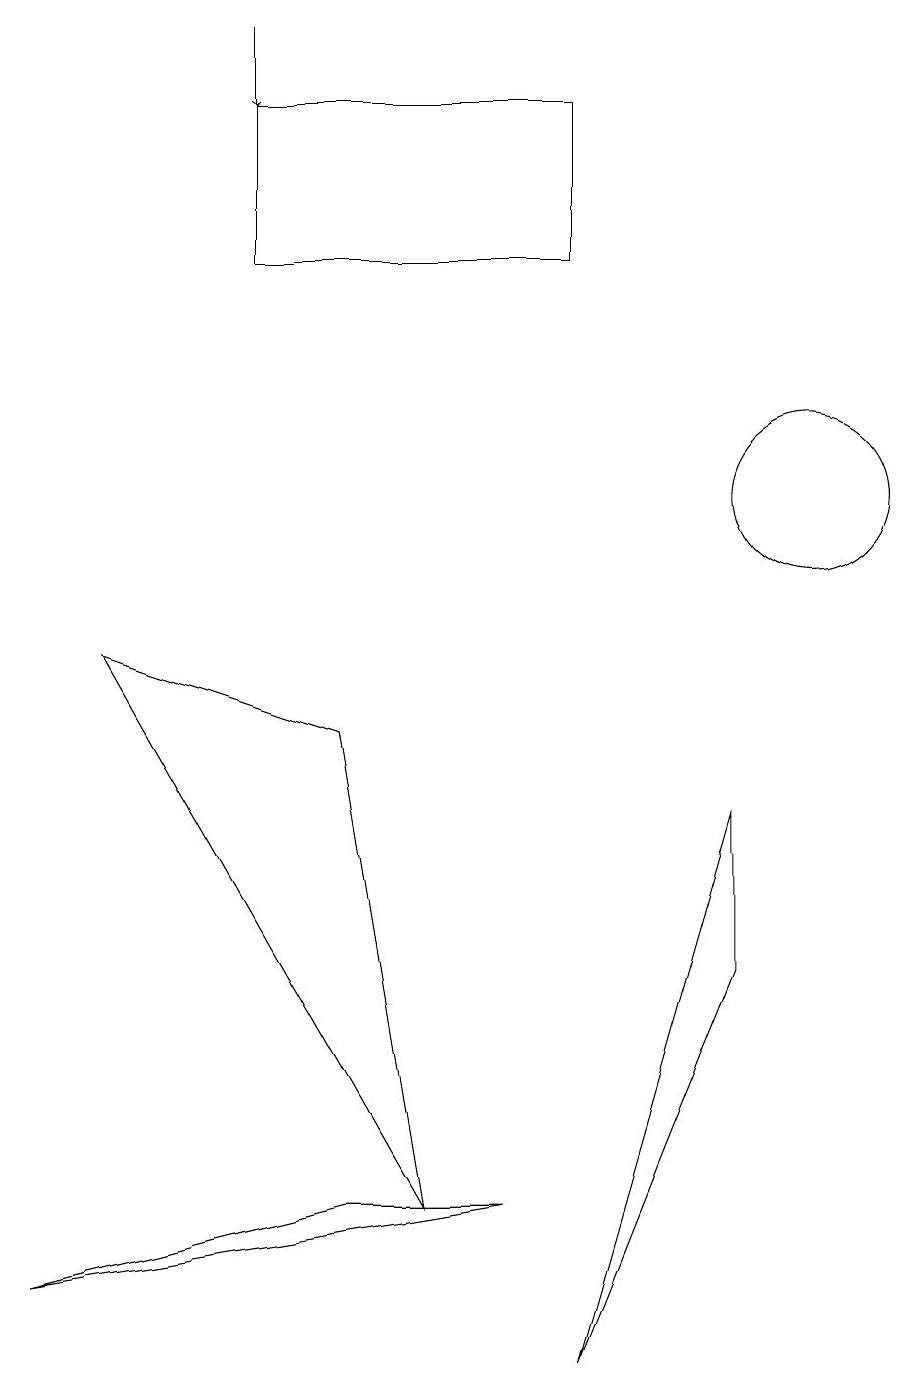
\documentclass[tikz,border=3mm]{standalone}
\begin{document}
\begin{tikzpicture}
\draw (10,11) circle (1);
\draw (7,16) rectangle (3,14);
\draw[->] (3,17) -- (3,16);
\draw (9,5) -- (9,7) -- (7,0) -- cycle;
\draw (4,2) -- (6,2) -- (0,1) -- cycle;
\draw (5,2) -- (1,9) -- (4,8) -- cycle;
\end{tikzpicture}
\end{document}